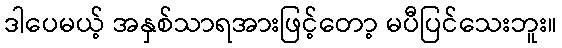
ဒါပေမယ့် အနှစ်သာရအားဖြင့်တော့ မပီပြင်သေးဘူး။